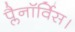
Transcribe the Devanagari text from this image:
प्लैनॉर्विस।